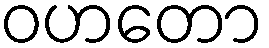
ဝဟတော